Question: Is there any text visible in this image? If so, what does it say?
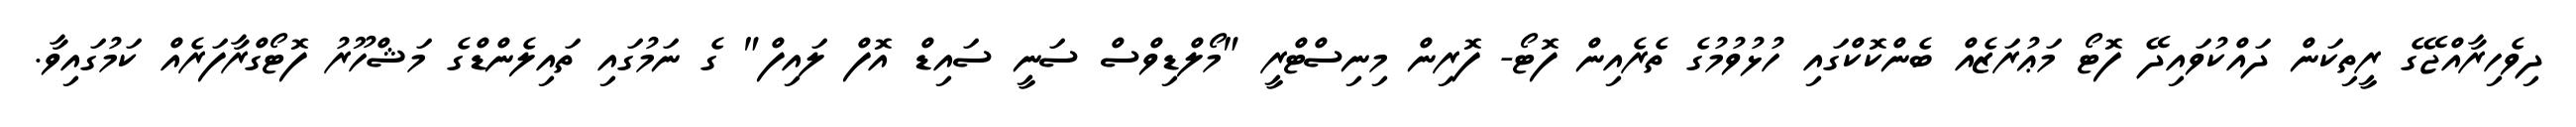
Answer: ދިވެހިރާއްޖޭގެ ރީތިކަން ދައްކުވައިދޭ ފޮޓޯ މަޢުރަޒެއް ބެންކޮކްގައި ހުޅުވުމުގެ ތެރެއިން ފޮޓޯ- ފޮރިން މިނިސްޓްރީ "މޯލްޑިވްސް ސަނީ ސައިޑް އޮފް ލައިފް" ގެ ނަމުގައި ތައިލެންޑްގެ މަޝްހޫރު ފޮޓޯގްރާފަރެއް ކަމުގައިވާ.